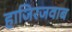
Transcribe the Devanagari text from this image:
हाजिरजवाब